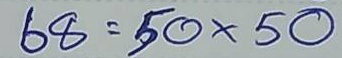
68 = 50x50